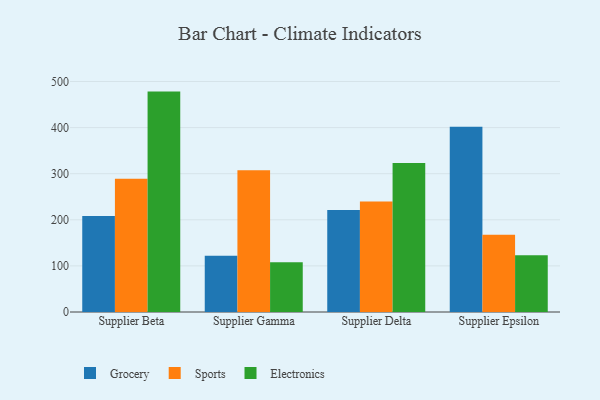
{"axis": {"x": "Supplier", "y": "Waste Production (Tons)"}, "legend": ["Electronics", "Grocery", "Sports"], "data": [{"x": "Supplier Beta", "y": 208.5, "type": "Grocery"}, {"x": "Supplier Beta", "y": 289.2, "type": "Sports"}, {"x": "Supplier Beta", "y": 478.1, "type": "Electronics"}, {"x": "Supplier Gamma", "y": 122.1, "type": "Grocery"}, {"x": "Supplier Gamma", "y": 307.4, "type": "Sports"}, {"x": "Supplier Gamma", "y": 108.1, "type": "Electronics"}, {"x": "Supplier Delta", "y": 221.5, "type": "Grocery"}, {"x": "Supplier Delta", "y": 239.5, "type": "Sports"}, {"x": "Supplier Delta", "y": 323.4, "type": "Electronics"}, {"x": "Supplier Epsilon", "y": 401.9, "type": "Grocery"}, {"x": "Supplier Epsilon", "y": 167.6, "type": "Sports"}, {"x": "Supplier Epsilon", "y": 123.3, "type": "Electronics"}]}